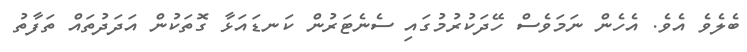
ބެލެވެ އެވެ. އެހެން ނަމަވެސް ހޭދަކުރުމުގައި ސެނެޓަރުން ކަނޑައަޅާ ގޮތަކުން އަދަދުތައް ތަފާތު